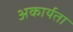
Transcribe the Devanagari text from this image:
अकार्यता